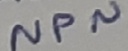
Text: NPN